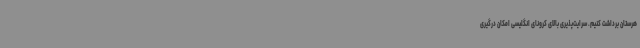
هرستان برداشت کنیم. سرایت‌پذیری بالای کرونای انگلیسی امکان درگیری